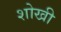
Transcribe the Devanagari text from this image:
शोखी